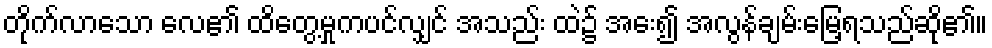
တိုက်လာသော လေ၏ ထိတွေ့မှုကပင်လျှင် အသည်း ထဲ၌ အေး၍ အလွန်ချမ်းမြေ့ရသည်ဆို၏။